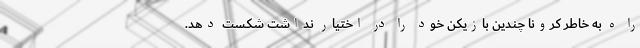
را ه به خاطر کرونا چندین بازیکن خود را در اختیار نداشت شکست دهد.